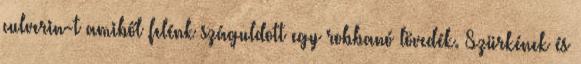
culverin-t amiből felénk száguldott egy robbanó lövedék. Szürkének és